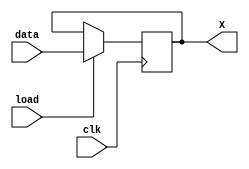
`timescale 1ns / 1ps
//////////////////////////////////////////////////////////////////////////////////
// Company: 
// Engineer: 
// 
// Design Name: 
// Module Name:    Reg1 
// Project Name: 
// Target Devices: 
// Tool versions: 
// Description: 
//
// Dependencies: 
//
// Revision: 
// Revision 0.01 - File Created
// Additional Comments: 
//
//////////////////////////////////////////////////////////////////////////////////
module Reg1(input load,
            input [15:0]data,
input clk,output reg [15:0]X
    );
always @(posedge clk)
begin
 if(load)
 X <= data;
end
endmodule